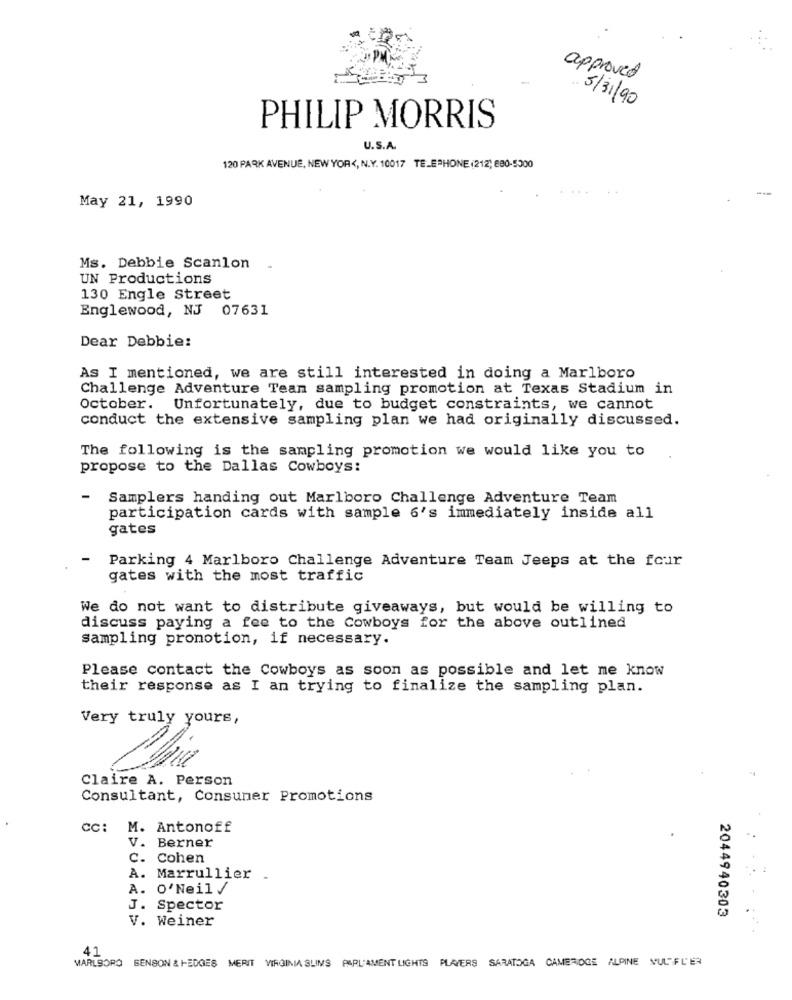
approved
.. 5/31/90
PHILIP MORRIS
U.S.A.
120 PARK AVENUE, NEW YOR <, N.Y. 10017 TELEPHONE (212) 680-5300
May 21, 1990
Ms. Debbie Scanlon
UN Productions
130 Engle Street
Englewood, NJ 07631
Dear Debbie:
As I mentioned, we are still interested in doing a Marlboro
Challenge Adventure Tean sampling promotion at Texas Stadium in
October. Unfortunately, due to budget constraints, we cannot
conduct the extensive sampling plan we had originally discussed.
The following is the sampling promotion we would like you to
propose to the Dallas Cowboys:
-
Samplers handing out Marlboro Challenge Adventure Team
participation cards with sample 6's immediately inside all
gates
Parking 4 Marlboro Challenge Adventure Team Jeeps at the four
gates with the most traffic
We do not want to distribute giveaways, but would be willing to
discuss paying a fee to the Cowboys for the above outlined
sampling promotion, if necessary.
Please contact the Cowboys as soon as possible and let me know
their response as I an trying to finalize the sampling plan.
Very truly yours,
Claire A. Person
Consultant, Consumer Promotions
CC:
M. Antonoff
V. Berner
C. Cohen
A. Marrullier
A. O'Neil /
J. Spector
V. Weiner
2044940303
41
MARLBORO BENSON & HEDGES MERIT VIRGINIA SLIMS PARLAMENT LIGHTS PLAYERS SARATOGA CAMBRIDGE ALPINE MULFLER